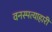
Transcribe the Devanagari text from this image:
वनस्पत्याहारी